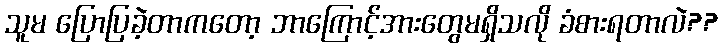
သူမ ပြောပြခဲ့တာကတော့ ဘာကြောင့်အားတွေမရှိသလို ခံစားရတာလဲ??